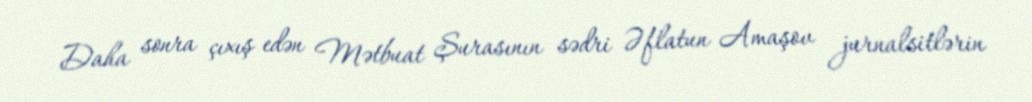
Daha sonra çıxış edən Mətbuat Şurasının sədri Əflatun Amaşov jurnalsitlərin